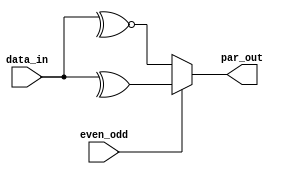
//___________________________________________________
//_________Parity Check Module_______________________
//___________________________________________________
module parity(data_in, even_odd, par_out);
input [7:0] data_in; input even_odd;
output par_out;		//Port Definitions
assign par_out = (even_odd) ? ^data_in:~^data_in;
//Using the conditional operator to differentiate
//between both polarity bit checks
endmodule